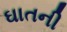
ઘાતની